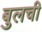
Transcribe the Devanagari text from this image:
बुलची